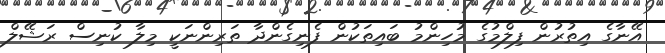
އޭނާގެ އިތުރުން ފިލްމުގެ މުހިންމު ބައިތަކުން ފެނިގެންދާ ތަރިންނަކީ މިލާ ކުނިސް ރަޝޭލް